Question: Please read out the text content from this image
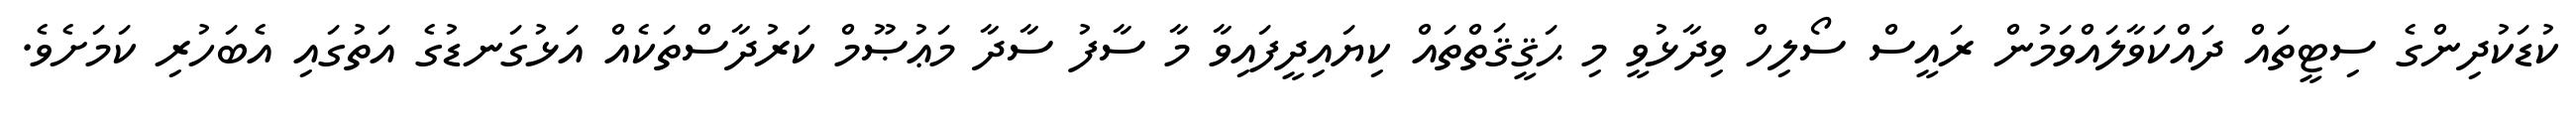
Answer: ކުޑަކުދިންގެ ސިޓީތައް ދައްކަވާލައްވަމުން ރައީސް ސޯލިހް ވިދާޅުވީ މި ޙަޤީޤަތްތައް ކިޔައިދީފައިވާ މާ ސާފު ސާދާ މަޢުޞޫމް ކަރުދާސްތަކެއް އަޅުގަނޑުގެ އަތުގައި އެބަހުރި ކަމަށެވެ.